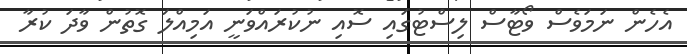
އެހެން ނަމަވެސް ވޯޓާސް ލިސްޓުގައި ސޮއި ނުކުރައްވަނީ އަމިއްލަ ގޮތުން ވާދަ ކުރާ